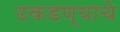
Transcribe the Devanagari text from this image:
उकडण्याचे